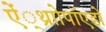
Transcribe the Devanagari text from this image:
ऐं्थ्राोपॉएडों